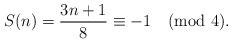
LaTeX: \begin{align*}S(n) = \frac{3n+1}{8} \equiv -1 \pmod{4}.\end{align*}